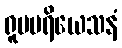
ရူပပရိယေသနံ